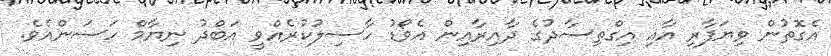
އެގޮތުން ވިޔަފާރި އާއި އިގްތިސާދުގެ ދާއިރާއިން އެވޯޑު ހާސިލުކުރެއްވީ އަބްދު ނިޔާމް ހަސަންއެވެ.